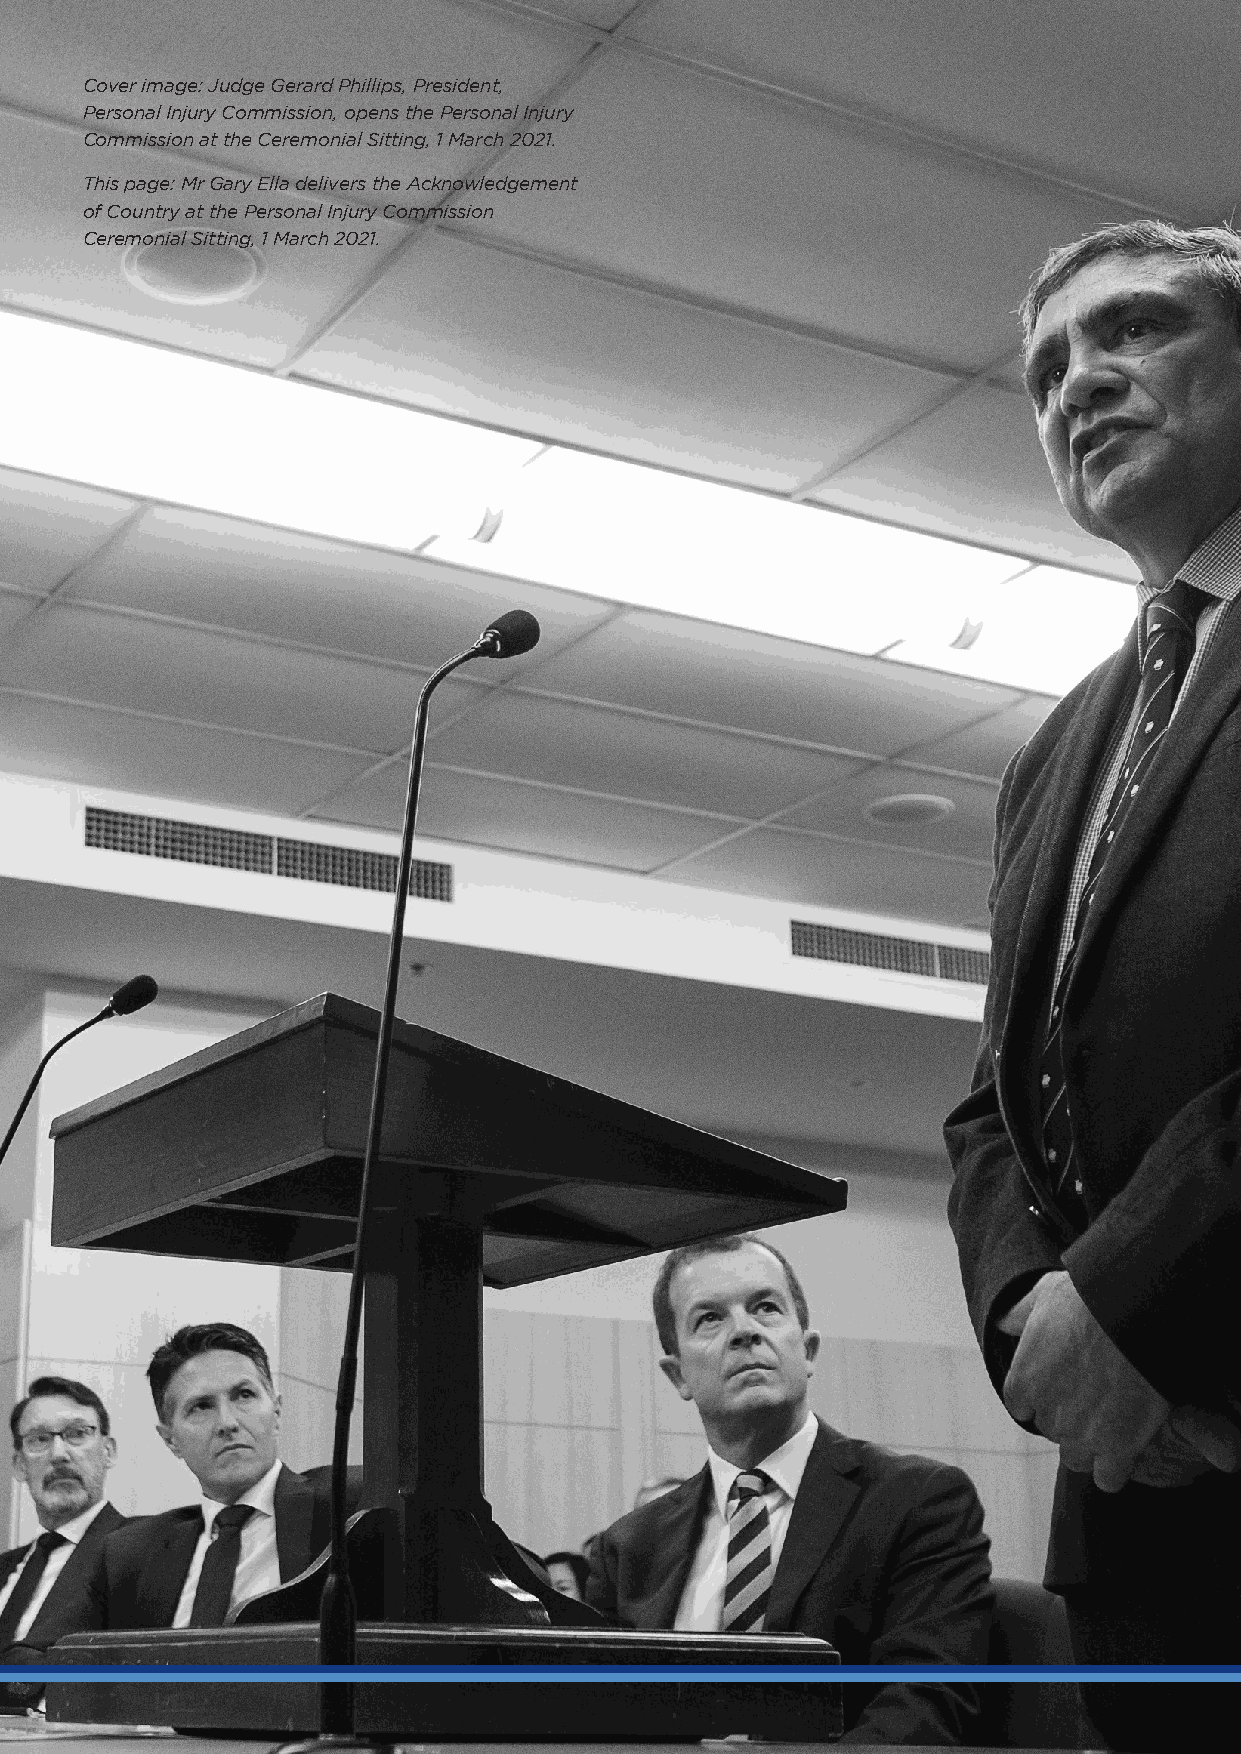
Cover image: Judge Gerard Phillips, President,
 Personal Injury Commission, opens the Personal Injury
 Commission at the Ceremonial Sitting, 1 March 2021.
 This page: Mr Gary Ella delivers the Acknowledgement
 of Country at the Personal Injury Commission
 Ceremonial Sitting, 1 March 2021.